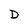
Character: D